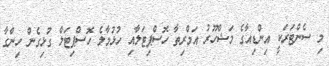
މި ސެންޓަރަކީ އިންޑިއާގެ މަޝްހޫރު އަމްރިތާ ހޮސްޕިޓަލާއި ހުޅުމާލެ ހޮސްޕިޓަލް ގުޅިގެން ހިންގާ